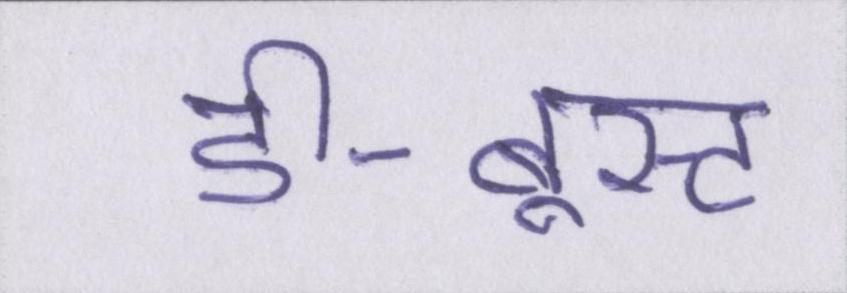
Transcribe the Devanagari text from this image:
डी-बूस्ट